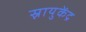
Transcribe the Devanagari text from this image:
स्नायुकेंद्र